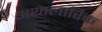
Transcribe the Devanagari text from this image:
अथालारिक